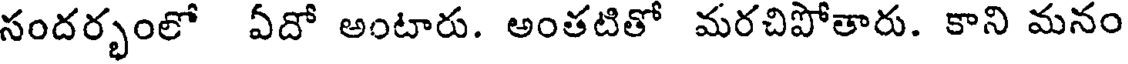
సందర్భంలో ఏదో అంటారు. అంతటితో మరచిపోతారు. కాని మనం